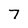
Character: 7